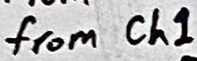
Text: from Ch1